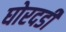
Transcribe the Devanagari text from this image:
घोरदडी